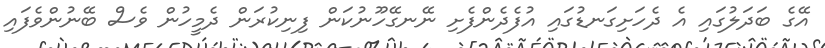
އޭގެ ބަދަލުގައި އެ ދެހަށިގަނޑުގައި އުފެދެންފެށި ނޭނގޭހޫނުކަން ފިނިކުރަން ދެމީހުން ވެސް ބޭނުންވެފައި